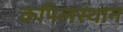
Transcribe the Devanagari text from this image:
कपिलस्थान